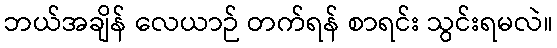
ဘယ်အချိန် လေယာဉ် တက်ရန် စာရင်း သွင်းရမလဲ။